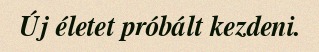
Új életet próbált kezdeni.